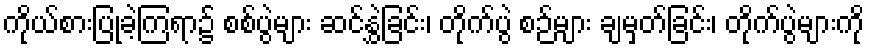
ကိုယ်စားပြုခဲ့ကြရာ၌ စစ်ပွဲများ ဆင်နွှဲခြင်း၊ တိုက်ပွဲ စဉ်များ ချမှတ်ခြင်း၊ တိုက်ပွဲများကို